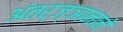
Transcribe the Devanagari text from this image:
अंतर्ज्ञानाने